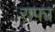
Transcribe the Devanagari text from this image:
राफ़ा